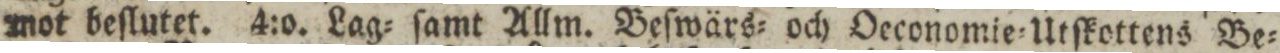
mot beſlutet. 4:o. Lag= ſamt Allm. Beſwärs= och Oeconomie=Utſkottens Be=